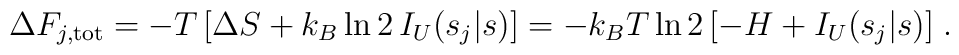
\Delta F_{j,\rm tot} =- T\, [\Delta S+k_B\ln2\,I_U(s_j|s)]= -k_BT\ln2\, [-H + I_U(s_j|s)] \;.